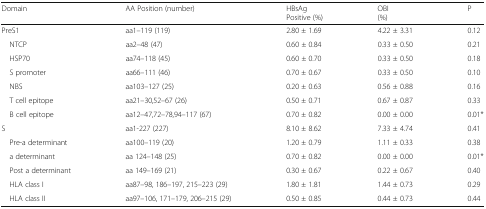
<table><thead><tr><td><b>Domain</b></td><td><b>AA Position (number)</b></td><td><b>HBsAgPositive (%)</b></td><td><b>OBI(%)</b></td><td><b>P</b></td></tr></thead><tbody><tr><td>PreS1</td><td>aa1–119 (119)</td><td>2.80 ± 1.69</td><td>4.22 ± 3.31</td><td>0.12</td></tr><tr><td> NTCP</td><td>aa2–48 (47)</td><td>0.60 ± 0.84</td><td>0.33 ± 0.50</td><td>0.21</td></tr><tr><td> HSP70</td><td>aa74–118 (45)</td><td>0.60 ± 0.70</td><td>0.33 ± 0.50</td><td>0.18</td></tr><tr><td> S promoter</td><td>aa66–111 (46)</td><td>0.70 ± 0.67</td><td>0.33 ± 0.50</td><td>0.10</td></tr><tr><td> NBS</td><td>aa103–127 (25)</td><td>0.20 ± 0.63</td><td>0.56 ± 0.88</td><td>0.16</td></tr><tr><td> T cell epitope</td><td>aa21–30,52–67 (26)</td><td>0.50 ± 0.71</td><td>0.67 ± 0.87</td><td>0.33</td></tr><tr><td> B cell epitope</td><td>aa12–47,72–78,94–117 (67)</td><td>0.70 ± 0.82</td><td>0.00 ± 0.00</td><td>0.01*</td></tr><tr><td>S</td><td>aa1-227 (227)</td><td>8.10 ± 8.62</td><td>7.33 ± 4.74</td><td>0.41</td></tr><tr><td> Pre-a determinant</td><td>aa100–119 (20)</td><td>1.20 ± 0.79</td><td>1.11 ± 0.33</td><td>0.38</td></tr><tr><td> a determinant</td><td>aa 124–148 (25)</td><td>0.70 ± 0.82</td><td>0.00 ± 0.00</td><td>0.01*</td></tr><tr><td> Post a determinant</td><td>aa 149–169 (21)</td><td>0.30 ± 0.67</td><td>0.22 ± 0.67</td><td>0.40</td></tr><tr><td> HLA class I</td><td>aa87–98, 186–197, 215–223 (29)</td><td>1.80 ± 1.81</td><td>1.44 ± 0.73</td><td>0.29</td></tr><tr><td> HLA class II</td><td>aa97–106, 171–179, 206–215 (29)</td><td>0.50 ± 0.85</td><td>0.44 ± 0.73</td><td>0.44</td></tr></tbody></table>